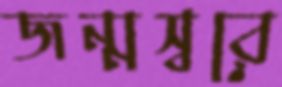
জন্মস্বরে